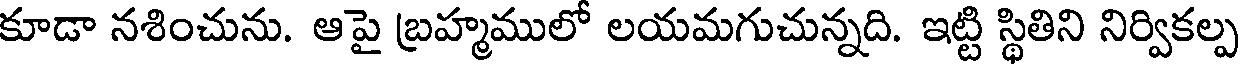
కూడా నశించును. ఆపై బ్రహ్మములో లయమగుచున్నది. ఇట్టి స్థితిని నిర్వికల్ప